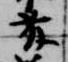
藤